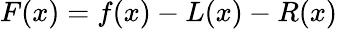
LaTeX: F(x)=f(x)-L(x)-R(x)